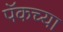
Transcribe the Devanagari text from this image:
पॅकच्या